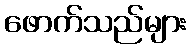
ဖောက်သည်များ